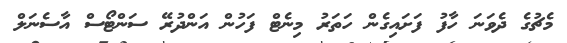
މެޗުގެ ދެވަނަ ހާފު ފަށައިގެން ހަތަރު މިނެޓް ފަހުން އަންދުރޭ ސަންޓޯސް އާސެނަލް